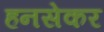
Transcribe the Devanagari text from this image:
हनसेकर